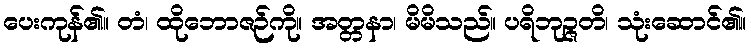
ပေးကုန်၏။ တံ၊ ထိုဘောဇဉ်ကို။ အတ္တနာ၊ မိမိသည်။ ပရိဘုဉ္ဇတိ၊ သုံးဆောင်၏။